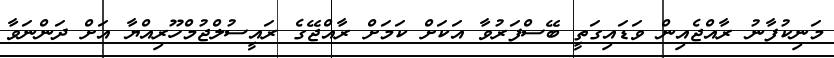
މަނިކުފާނު ރާއްޖެއިން ވަޑައިގަތީ ބޭސްފަރުވާ އަކަށް ކަމަށް ރާއްޖޭގެ ރައީސުލްޖުމްހޫރިއްޔާ އަށް ދަންނަވާ